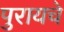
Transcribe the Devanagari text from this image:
पुरायचे